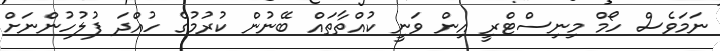
ނަމަވެސް ހޯމް މިނިސްޓްރީ އިން ވަނީ ކުއްތާތައް ބޭނުން ކުރުމުގެ ހުއްދަ ފުލުހުންނަށް